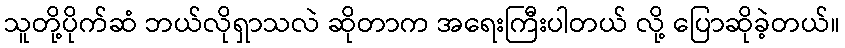
သူတို့ပိုက်ဆံ ဘယ်လိုရှာသလဲ ဆိုတာက အရေးကြီးပါတယ် လို့ ပြောဆိုခဲ့တယ်။